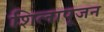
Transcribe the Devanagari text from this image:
शिलापूजन